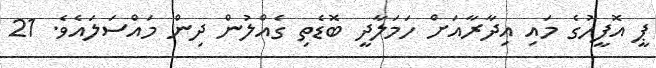
ޕީ އޮފީހުގެ މައި އިދާރާއަށް ހަމަލާދީ ބޮޑެތި ގެއްލުން ދިން މައްސަލައެވެ. 21